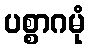
ပစ္စာဂမုံ